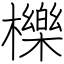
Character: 櫟